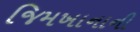
જિમખાનાની